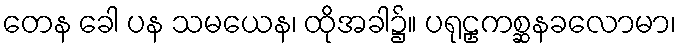
တေန ခေါ ပန သမယေန၊ ထိုအခါ၌။ ပရုဠှကစ္ဆနခလောမာ၊